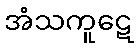
အံသကူဋေ